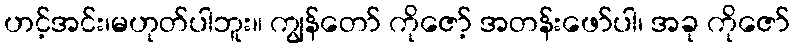
ဟင့်အင်း၊မဟုတ်ပါဘူး။ ကျွန်တော် ကိုဇော့် အတန်းဖော်ပါ၊ အခု ကိုဇော်